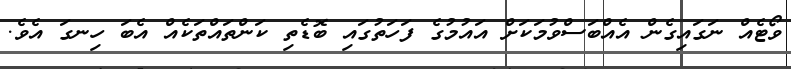
ވޯޓެއް ނަގައިގެން އެއްބަސްވުމަކަށް އައުމުގެ ފަހަތުގައި ބޮޑެތި ކަންތައްތަކެއް އެބަ ހިނގަ އެވެ.